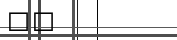
١٢